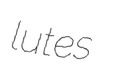
lutes